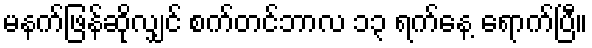
မနက်ဖြန်ဆိုလျှင် စက်တင်ဘာလ ၁၃ ရက်နေ့ ရောက်ပြီ။